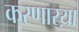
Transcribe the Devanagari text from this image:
करणार्‍य़ा